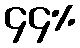
၄၄%